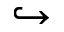
\hookrightarrow